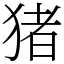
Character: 猪